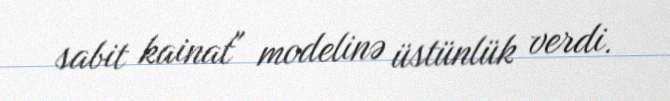
sabit kainat" modelinə üstünlük verdi.